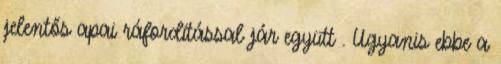
jelentős apai ráfordítással jár együtt . Ugyanis ebbe a